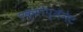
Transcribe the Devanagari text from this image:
एक्सोप्लॅनेट